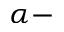
\alpha -